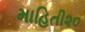
માહિતી૨૦